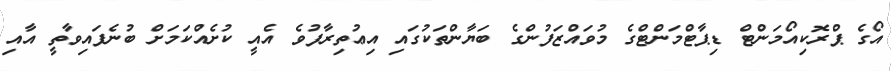
އޯގެ ޕްރޮކިއޯމަންޓް ޑިޕާޓްމަންޓްގެ މުވައްޒަފުންގެ ބަޔާންތަކުގައި އިޢުތިރާފުވެ އެއީ ކުށެއްކަމަށް ބުނެފައިވާތީ އާއި